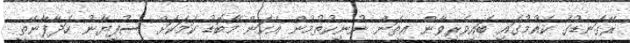
ރޭގަނޑުގެ ކެއުމުގައި ބައިވެރިވާން އީތަން ނުނިކުތުމުން އެކަން މާބޮޑު ކަމަކަށް ސުފިޔާނު ހަދާފާނޭތީ